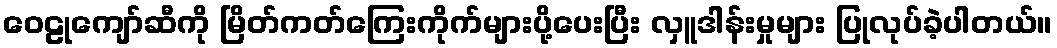
ဝေဠုကျော်ဆီကို မြိတ်ကတ်ကြေးကိုက်များပို့ပေးပြီး လှူဒါန်းမှုများ ပြုလုပ်ခဲ့ပါတယ်။